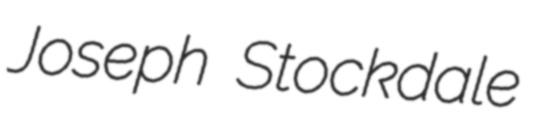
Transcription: Joseph Stockdale